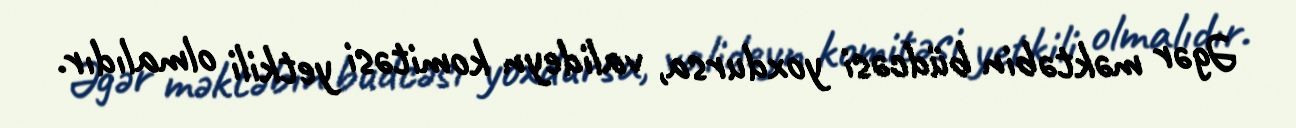
Əgər məktəbin büdcəsi yoxdursa, valideyn komitəsi yetkili olmalıdır.